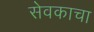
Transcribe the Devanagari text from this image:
सेवकाचा